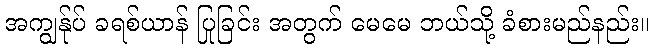
အကျွန်ုပ် ခရစ်ယာန် ပြုခြင်း အတွက် မေမေ ဘယ်သို့ ခံစားမည်နည်း။